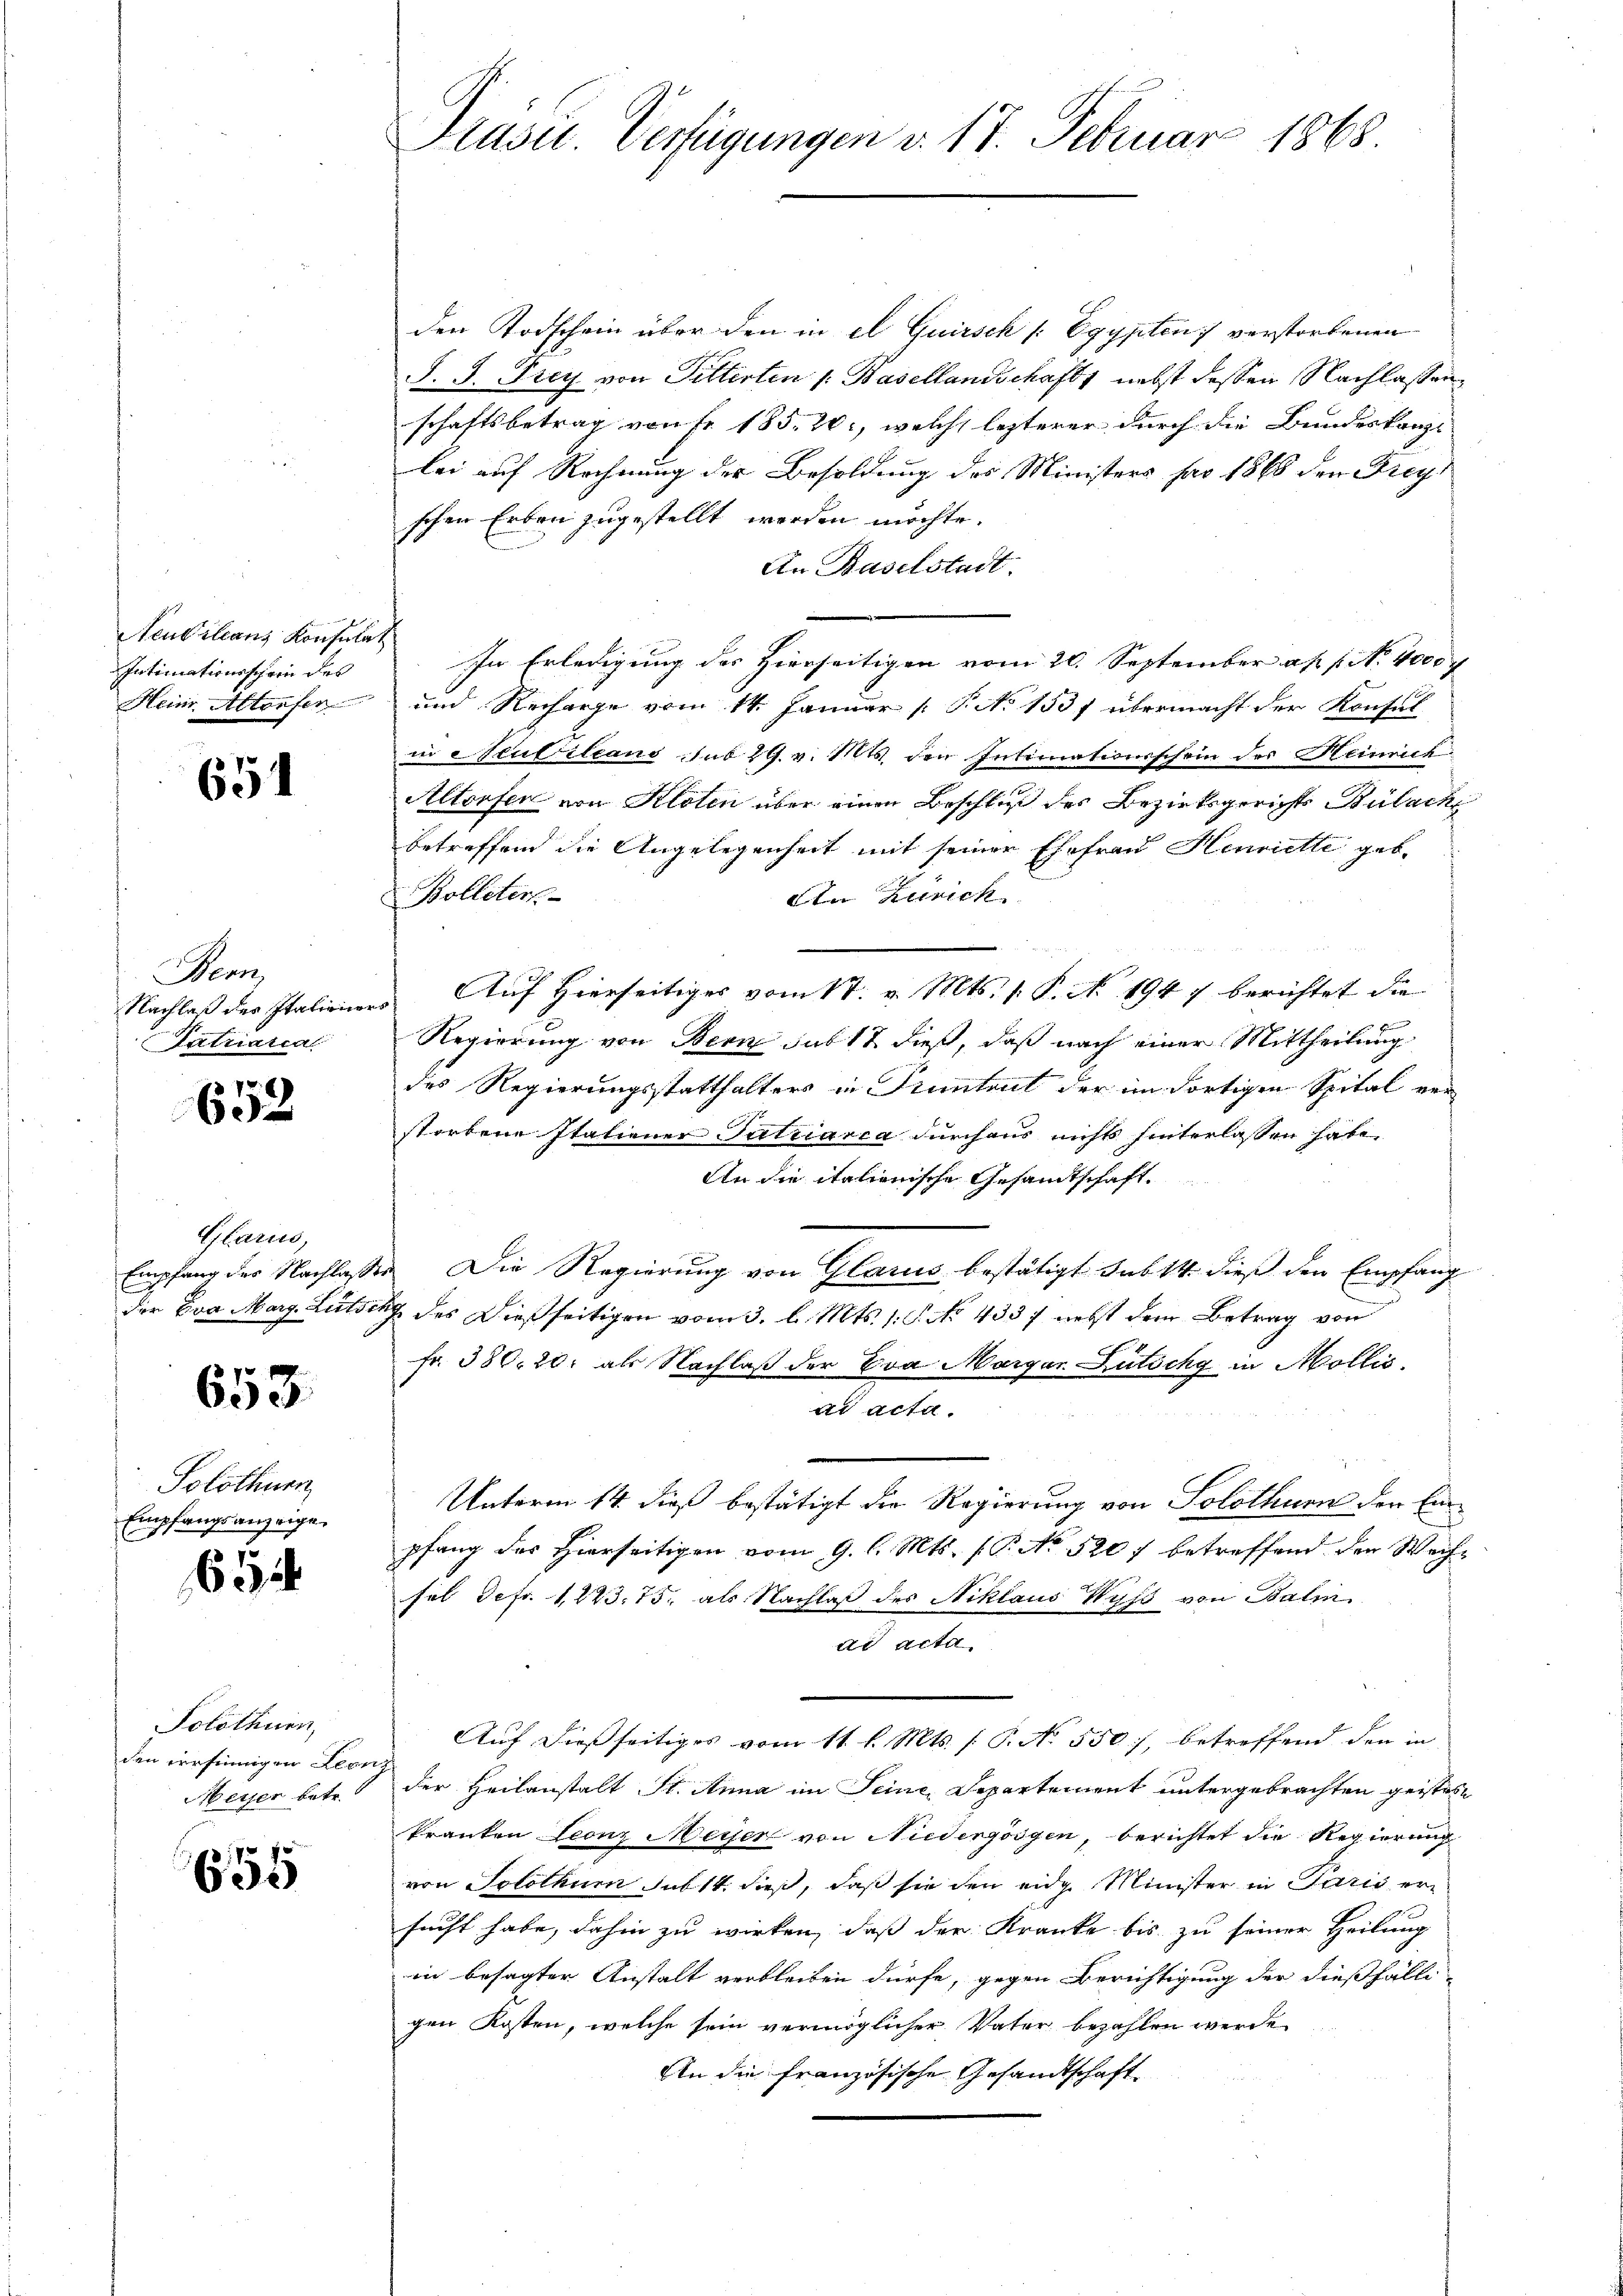
Neuvillanz Konsula
Intimationsschein des
Heim Altorfer

651

Henn
Nachlaß der Italienor
Iatriaria

652

Glarus,
Empfang des Nachlasses
der Eva Marg. Lütsch

653.

Solothurn
Empfangsanzeige.

65

Solothurn,
den irrsinnigen Leon
Meyer betr.

654

Präsid. Verfügungen v. 17. Februar 1868

der Todschein über den in el Quirsch [Egypten verstorbenen
S. G. Frey von Pitterten /: Basellandschaft, nebst deßen Nachlassen
schaftsbetrag von Fr. 185. 20, welche lezterer durch die Bundeskanzl
lei auf Rechnung der Besoldung des Ministers pro 1868 den Frey
schen Erben zugestellt werden möchte.
An Baselstadt.
In Erledigung des Hierseitigen vom 20. September ad 1. No. 4000 f
und Recharge vom 14. Januar [ P. No 1537 übermacht der Konsul
in Stubilians sub 29. v. Mts. den Intimationsschein des Heinrich
Altorfer von Kloten über einen Beschluß des Bezirksgerichts Bülache
betreffend die Angelegenheit mit seiner Ehefrau Henriette geb.
Bolleters
dte Zürich
Auf Hierseitiges vom 17. v. Mts. 1. P. No. 1947 berichtet die
Regierung von Bern sub 12 dieß, daß nach einer Mittheilung
des Regierungsstatthalters in Pruntrut der im dortigen Spital ver
storbene Italiener Tutriarca durchaus nichts hinterlassen habe.
An die italienische Gesandtschaft.
Die Regierung von Glarus bestätigt sub 14 dieß den Empfang
.
& des Dießseitigen vom 3. l. Mts. 1. P. No. 433. nebst dem Betrag von
fr. 380. 20. als Nachlaß der Eva Margar Lütschg in Mollis.
ad acta.
Unterm 14. dieß bestätigt die Regierung von Solothurn der Einpfang des Hierseitigen vom 9. l. Mts. (T. No 520 f betreffend den Wechfel defr. 1223. 75. als Nachlaß des Niklaus Wyss von Balin
ad acta
Auf dießseitiges vom 11 l. Mts. (T. No 550), betreffend den in
der Heilanstalt St. Anna im Seine, Departement untergebrachten geistest
kranken Leonz Meyer von Niedergöögen, berichtet die Regierung
von Solothum sub 14. dieß, daß sie den eidg. Minister in Paris ersucht habe, dahin zu wirken, daß der Kranke bis zu seiner Heilung
in besagter Anstalt verbleiben dürfe, gegen Berichtigung der dießfälligen Kosten, welche sein vermöglicher Vater bezahlen werde
An die französische Gesandtschaft